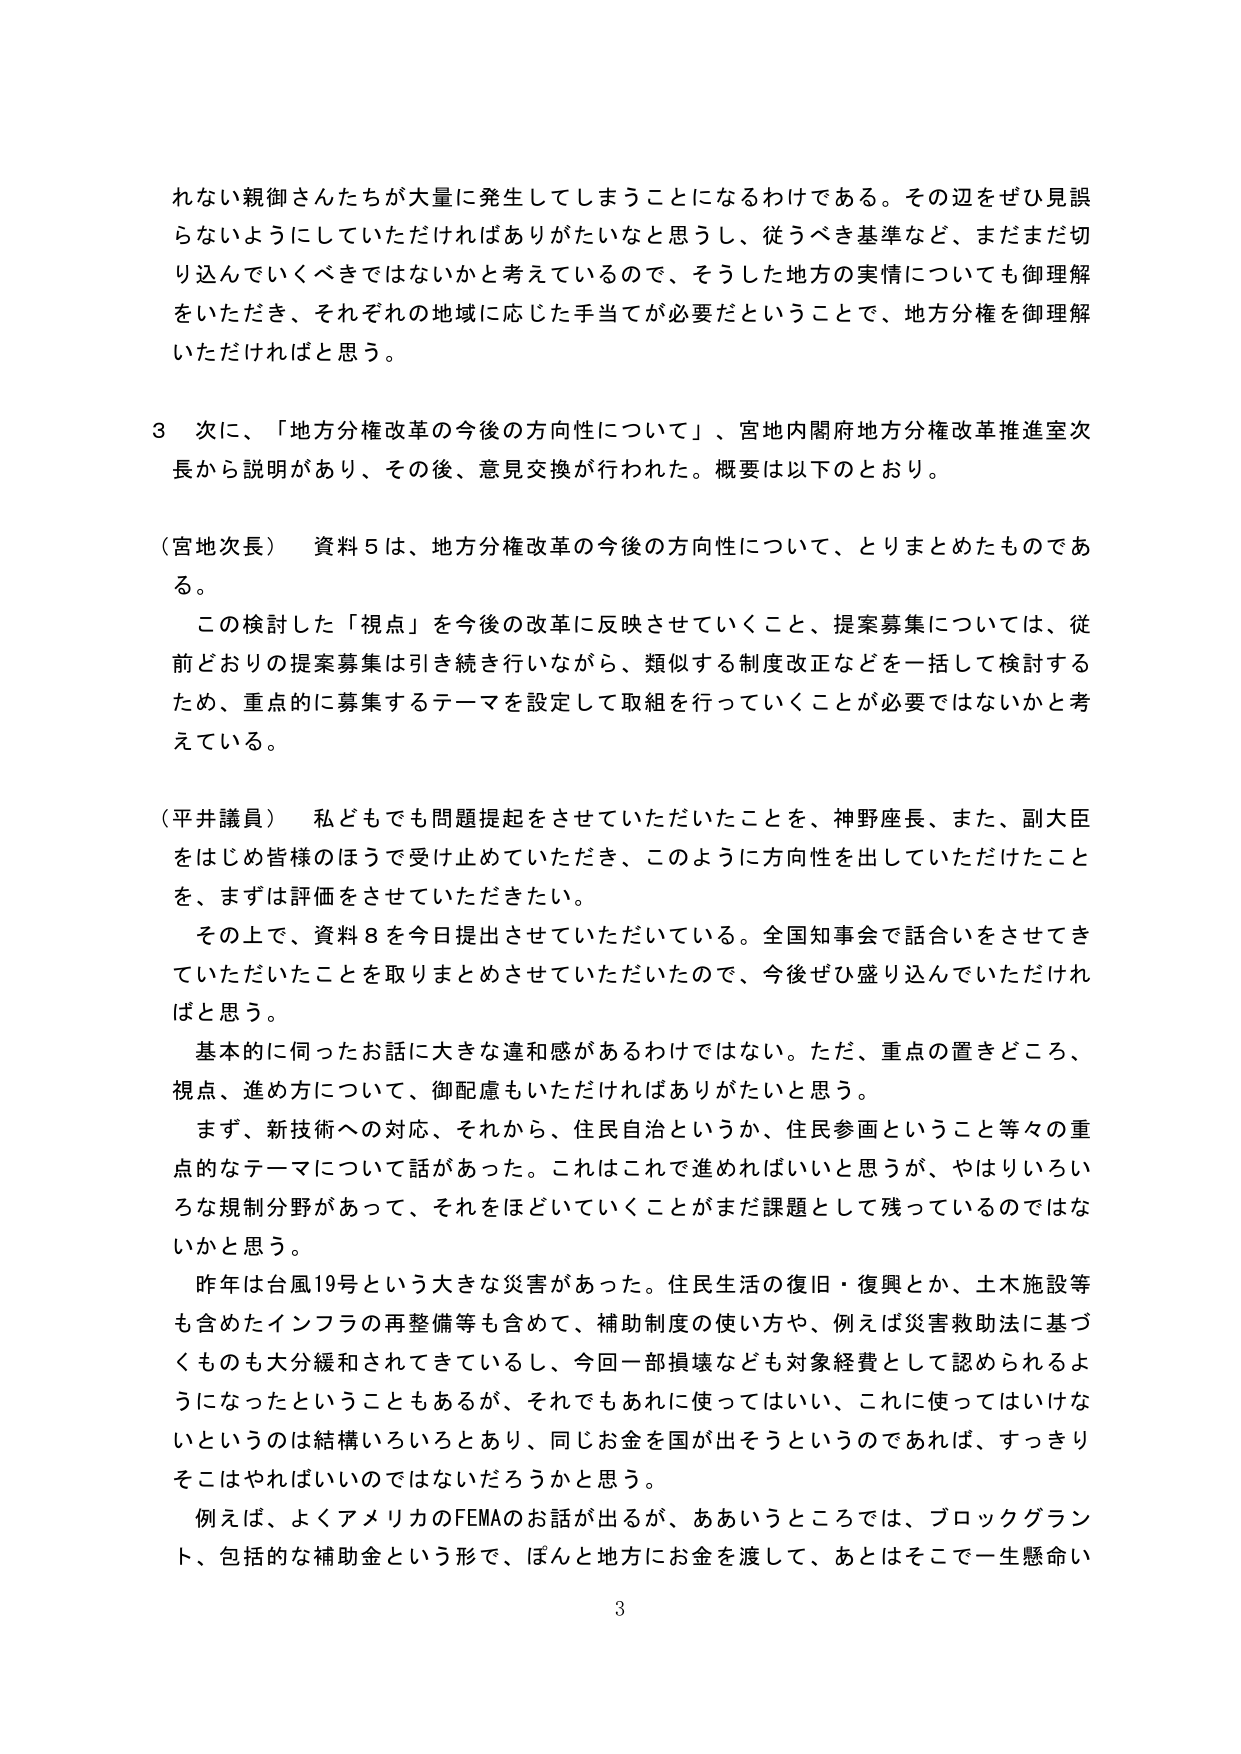
れない親御さんたちが大量に発生してしまうことになるわけである。その辺をぜひ見誤らないようにしていただければありがたいなと思うし、従うべき基準など、まだまだ切り込んでいくべきではないかと考えているので、そうした地方の実情についても御理解をいただき、それぞれの地域に応じた手当てが必要だということで、地方分権を御理解いただければと思う。

３ 次に、「地方分権改革の今後の方向性について」、宮地内閣府地方分権改革推進室次長から説明があり、その後、意見交換が行われた。概要は以下のとおり。

（宮地次長） 資料５は、地方分権改革の今後の方向性について、とりまとめたものである。
この検討した「視点」を今後の改革に反映させていくこと、提案募集については、従前どおりの提案募集は引き続き行いながら、類似する制度改正などを一括して検討するため、重点的に募集するテーマを設定して取組を行っていくことが必要ではないかと考えている。

（平井議員） 私どもでも問題提起をさせていただいたことを、神野座長、また、副大臣をはじめ皆様のほうで受け止めていただき、このように方向性を出していただけたことを、まずは評価をさせていただきたい。
その上で、資料８を今日提出させていただいている。全国知事会で話合いをさせてきていただいたことを取りまとめさせていただいたので、今後ぜひ盛り込んでいただければと思う。
基本的に何ったお話に大きな違和感があるわけではない。ただ、重点の置きどころ、視点、進め方について、御配慮もいただければありがたいと思う。
まず、新技術への対応、それから、住民自治というか、住民参画ということ等々の重点的なテーマについて話があった。これはこれで進めればいいと思うが、やはりいろいろな規制分野があって、それをほどいていくことがまだ課題として残っているのではないかと思う。
昨年は台風19号という大きな災害があった。住民生活の復旧・復興とか、土木施設等も含めたインフラの再整備等も含めて、補助制度の使い方や、例えば災害救助法に基づくものも大分緩和されてきているし、今回一部損壊なども対象経費として認められるようになったということもあるが、それでもあれに使ってはいい、これに使ってはいけないというのは結構いろいろとあり、同じお金を国が出そうというのであれば、すっきりそこはやればいいのではないだろうかと思う。
例えば、よくアメリカのFEMAのお話が出るが、ああいうところでは、ブロックグラント、包括的な補助金という形で、ぽんと地方にお金を渡して、あとはそこで一生懸命い

3